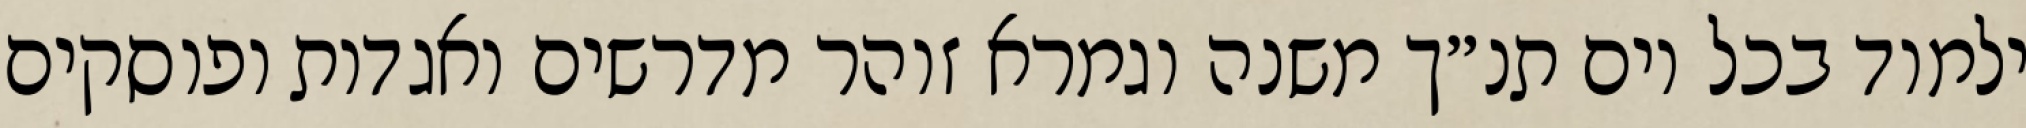
ילמוד בכל יום תנ״ך משנה וגמרא זוהר מדרשים ואגדות ופוסקים